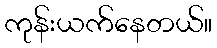
ကုန်းယက်နေတယ်။